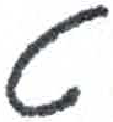
אות: ט